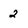
Character: 2